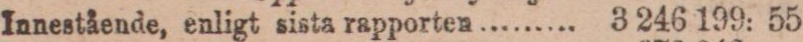
Innestående, enligt sista rapporten ......... 3 246 199: 55